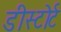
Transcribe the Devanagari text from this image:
डीस्टोर्ट